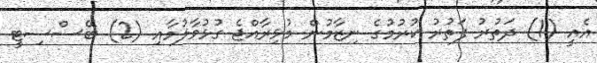
އެއީ (1) ދަތުރު ފަތުރު ކުރުމުގެ ނިޒާމުން މުޅިރާއްޖެ ގުޅުވާލުމާއި (2) ބޭސްސިޓީ